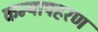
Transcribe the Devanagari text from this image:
कन्यापहरण